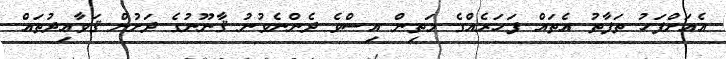
އެއަށްފަހު ތަފާތު އެތައް ފަހަރެއްގެ މަތިން އިސްވެ ދެންނެވުނު ޤާނޫނުގެ ދަށުން ޤަވާޢިދުތައް